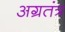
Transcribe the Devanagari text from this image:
अग्रतंत्र